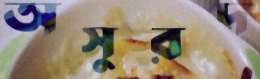
অসুরদ